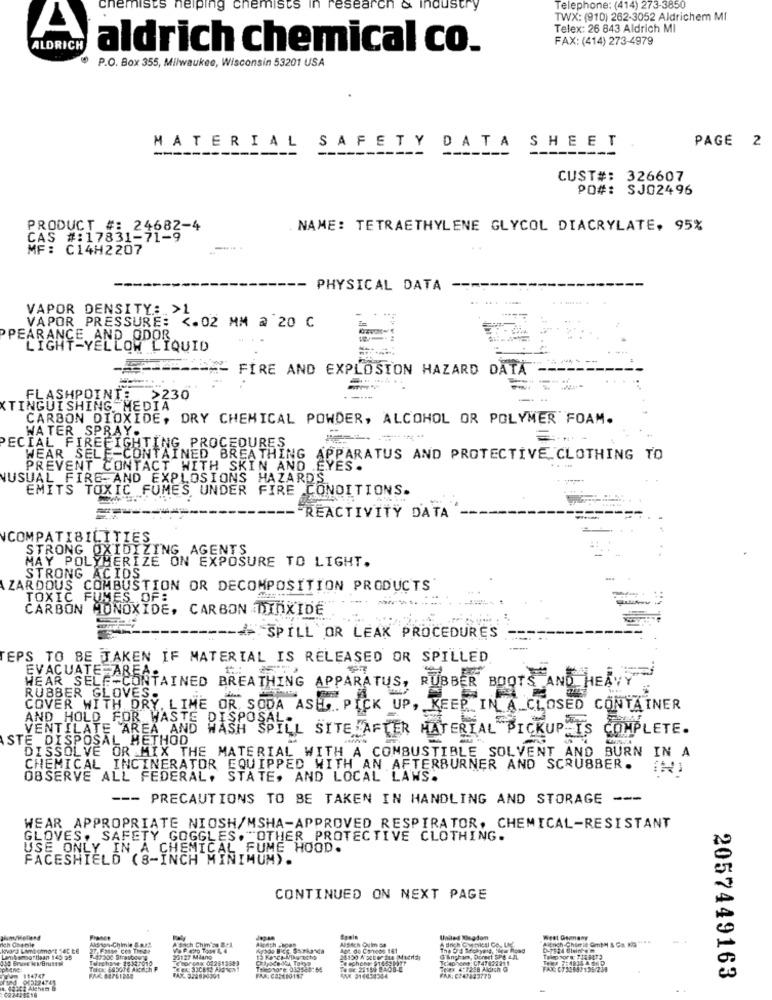
chemists helping chemis
research
noustry
Telephone: (414) 273-3850
TWX: (910) 262-3052 Aldrichem MI
Telex: 26 843 Aldrich MI
A
FAX: (414) 273-4979
ALDRICH
aldrich chemical co.
P.O. Box 355, Milwaukee, Wisconsin 53201 USA
PAGE 2
MATERIAL SAFETY DATA SHEET
------
CUST#: 326607
PO#: SJ02496
PRODUCT #: 24682-4
NAME: TETRAETHYLENE GLYCOL DIACRYLATE, 95%
CAS #:17831-71-9
MF: C14H2207
-- PHYSICAL DATA
VAPOR DENSITY: >1
VAPOR PRESSURE: <. 02 MM @ 20 C
PEARANCE AND ODOR
LIGHT-YELLOW LIQUID
FIRE AND EXPLOSION HAZARD DATA-
FLASHPOINT:
>230
XTINGUISHING MEDIA
CARBON DIOXIDE, DRY CHEMICAL POWDER, ALCOHOL OR POLYMER FOAM.
WATER SPRAY.
ECIAL FIREFIGHTING PROCEDURES
WEAR SELF-CONTAINED BREATHING APPARATUS AND PROTECTIVE CLOTHING TO
PREVENT CONTACT WITH SKIN AND EYES .
NUSUAL FIRE- AND EXPLOSIONS HAZARDS
EMITS TOXIC FUMES UNDER FIRE CONDITIONS.
REACTIVITY DATA
NCOMPATIBILITIES
STRONG OXIDIZING AGENTS
MAY POLYMERIZE ON EXPOSURE TO LIGHT.
STRONG ACIDS
ZARDOUS COMBUSTION OR DECOMPOSITION PRODUCTS'
TOXIC FUMES OF:
CARBON MONOXIDE, CARBON DIOXIDE
- SPILL OR LEAK PROCEDURES
EPS TO BE TAKEN IF MATERIAL IS RELEASED OR SPILLED
EVACUATE AREA
HEAR SELF-CONTAINED BREATHING APPARATUS, RUBBER BOOTS AND HEAVY
RUBBER GLOVES:
COVER WITH DRY, LIME OR, SODA ASH .. PICK UP, KEEP IN A CLOSED CONTAINER
AND HOLD FOR WASTE DISPOSAL
VENTILATE AREA AND WASH SPILL SITE AFTER MATERIAL PICKUP IS COMPLETE.
STE DISPOSAL METHOD
DISSOLVE OR MIX THE MATERIAL WITH A COMBUSTIBLE SOLVENT AND BURN IN A
CHEMICAL INCINERATOR EQUIPPED WITH AN AFTERBURNER AND SCRUBBER.
OBSERVE ALL FEDERAL, STATE, AND LOCAL LAWS.
--- PRECAUTIONS TO BE TAKEN IN HANDLING AND STORAGE ---
WEAR APPROPRIATE NIOSH/MSHA-APPROVED RESPIRATOR, CHEMICAL-RESISTANT
GLOVES, SAFETY GOGGLES. "OTHER PROTECTIVE CLOTHING.
USE ONLY IN A CHEMICAL FUME HOOD.
FACESHIELD (8-INCH MINIMUM).
CONTINUED ON NEXT PAGE
A Bach Chimica Srl
Alsich Quin Sa
United Megdon
A drich Completi Co. Le
West Germany
Lambsmartlaan 145 25
417500 Strasbourg
20127 Milano
@ Ingham, Dorest SPB A.AL
Telephone: C747827211
Telex 4:12:58 Aldich O
FAX: (732847138-239
2057449163
022439516
-